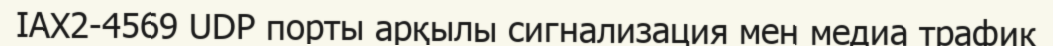
IAX2-4569 UDP порты арқылы сигнализация мен медиа трафик